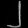
Digit: ၂